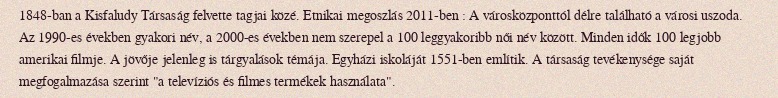
1848-ban a Kisfaludy Társaság felvette tagjai közé. Etnikai megoszlás 2011-ben : A városközponttól délre található a városi uszoda. Az 1990-es években gyakori név, a 2000-es években nem szerepel a 100 leggyakoribb női név között. Minden idők 100 legjobb amerikai filmje. A jövője jelenleg is tárgyalások témája. Egyházi iskoláját 1551-ben említik. A társaság tevékenysége saját megfogalmazása szerint "a televíziós és filmes termékek használata".